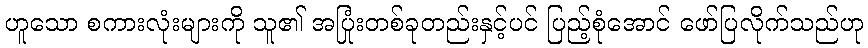
ဟူသော စကားလုံးများကို သူ၏ အပြုံးတစ်ခုတည်းနှင့်ပင် ပြည့်စုံအောင် ဖော်ပြလိုက်သည်ဟု